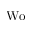
\mathrm { W o }